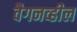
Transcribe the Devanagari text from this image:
वैगनव्हील